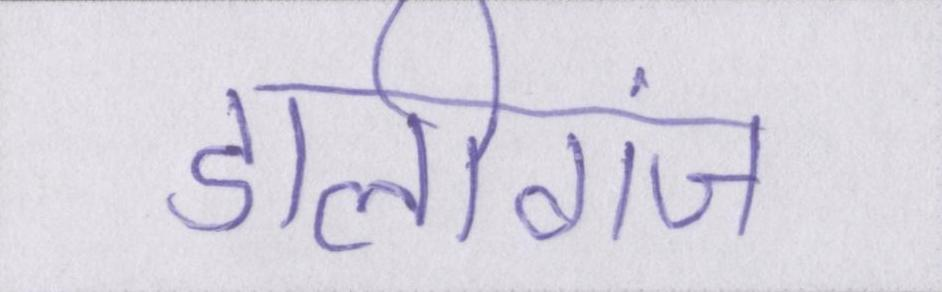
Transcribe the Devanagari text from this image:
डालीगंज